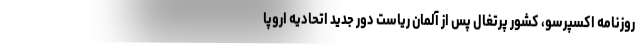
روزنامه اکسپرسو، کشور پرتغال پس از آلمان ریاست دور جدید اتحادیه اروپا